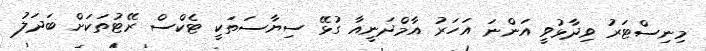
މިނިސްޓަރު ވިދާޅުވީ އަންނަ އަހަރު އާމްދަނީއާ ގުޅޭ ސިޔާސަތަކީ ޓެކްސް ރޭޓުތަކަށް ބަދަލު